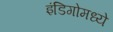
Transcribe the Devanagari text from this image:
इंडिगोमध्ये